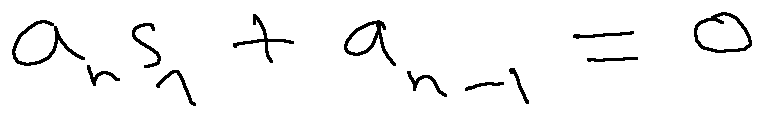
a _ { n } s _ { 1 } + a _ { n - 1 } = 0